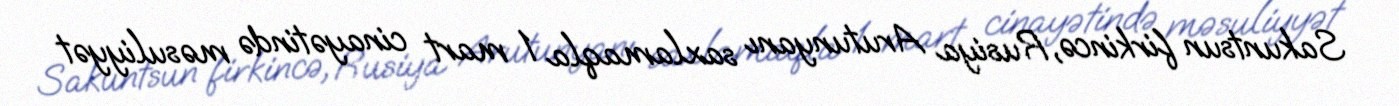
Sakuntsun firkincə, Rusiya Arutunyanı saxlamaqla 1 mart cinayətində məsuliyyət